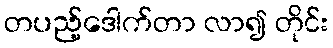
တပည့်ဒေါက်တာ လာ၍ တိုင်း